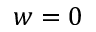
w = 0